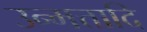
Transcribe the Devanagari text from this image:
उन्मत्तादि